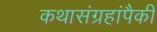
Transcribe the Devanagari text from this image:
कथासंग्रहांपैकी